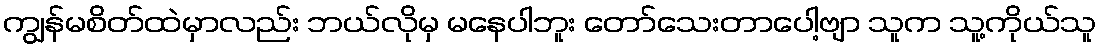
ကျွန်မစိတ်ထဲမှာလည်း ဘယ်လိုမှ မနေပါဘူး တော်သေးတာပေါ့ဗျာ သူက သူ့ကိုယ်သူ